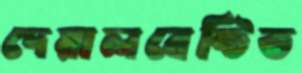
দেয়ালবেষ্টিত